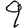
Digit: 9